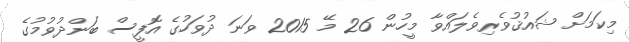
މިކަމަށް ޝައުޤުވެރިވެލައްވާ މީހުން 26 މޭ 2015 ވަނަ ދުވަހުގެ އޮފީސް ބަންދުވުމުގެ